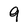
Character: 9